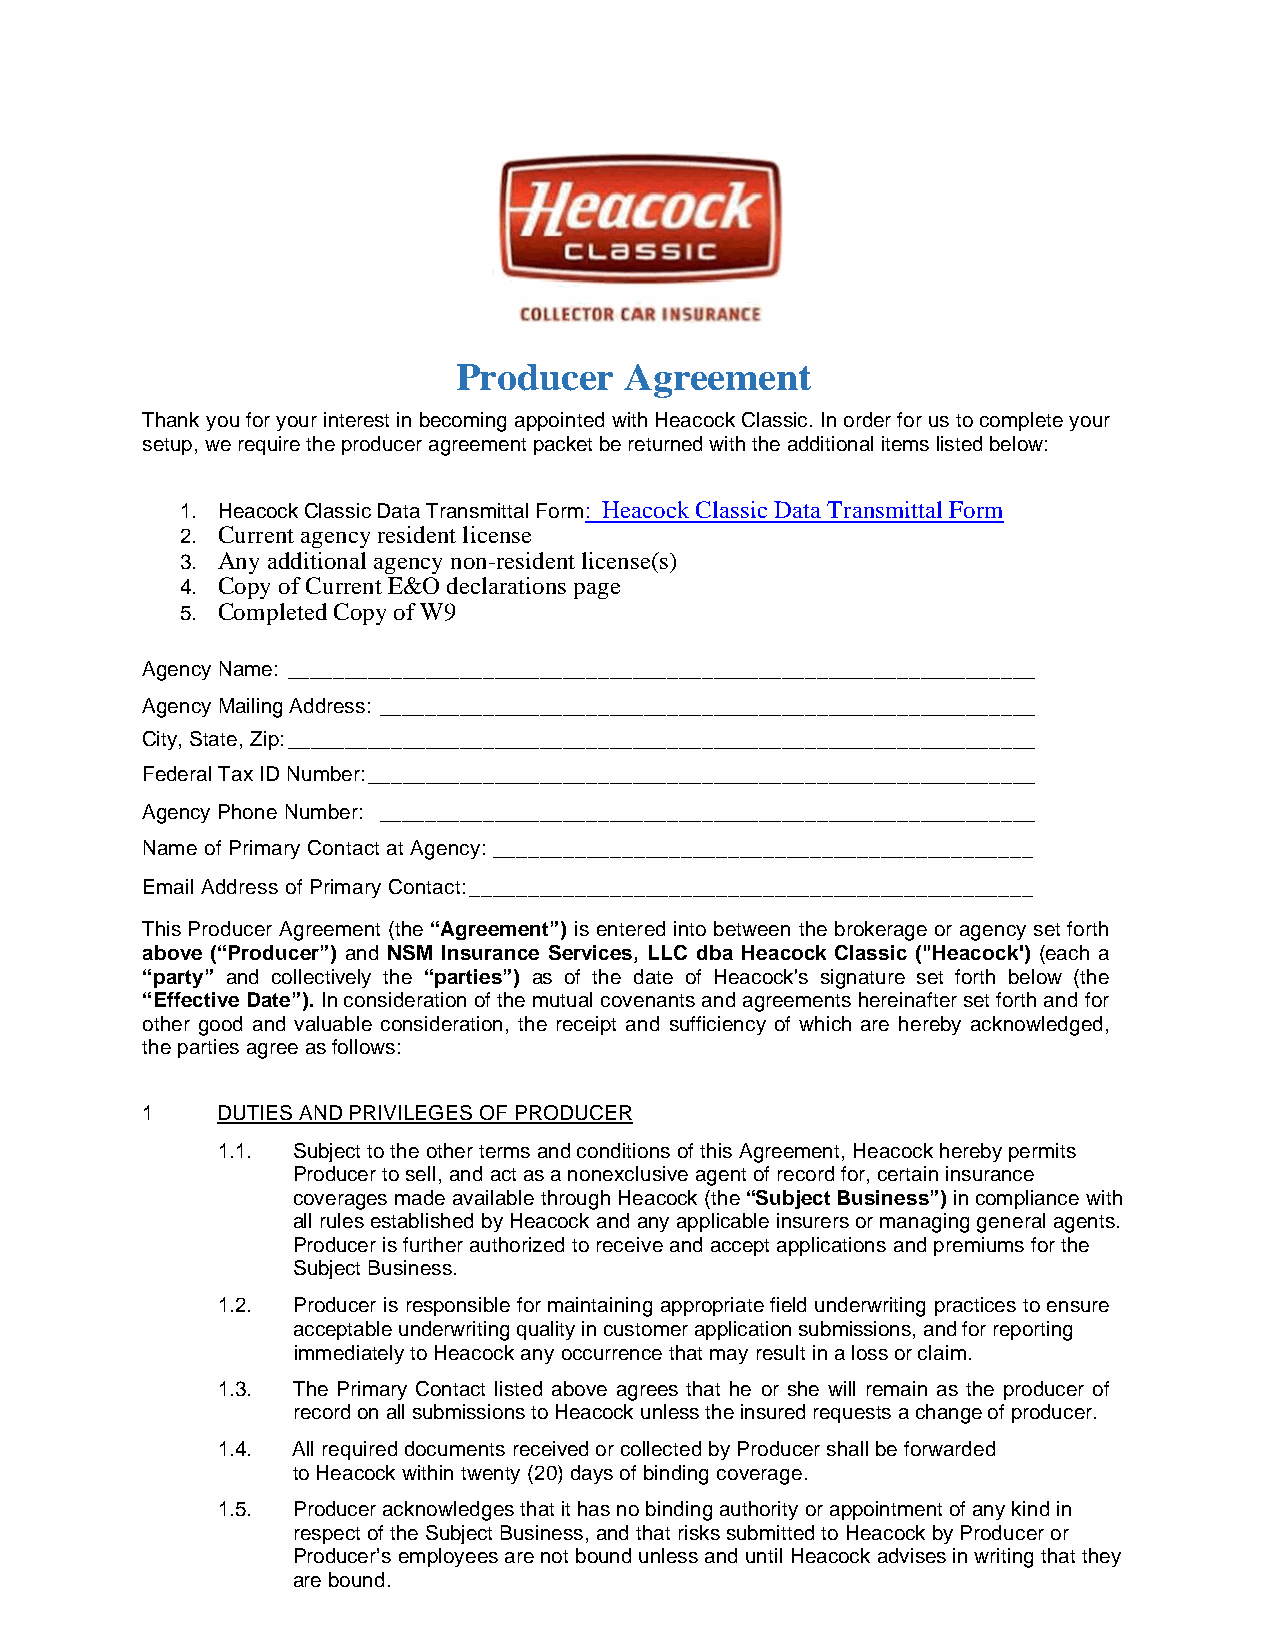
Producer   Agreement
 Thank you for your interest in becoming appointed with Heacock Classic. In order for us to complete your
 setup, we require the producer agreement packet be returned with the additional items listed below:
 1. Heacock Classic Data Transmittal Form: Heacock Classic Data Transmittal Form
 2. Current agency resident license
 3. Any additional agency non-resident license(s)
 4. Copy of Current E&O declarations page
 5. Completed Copy of W9
 Agency Name: _________________________________________________________________
 Agency Mailing Address: _________________________________________________________
 City, State, Zip: _________________________________________________________________
 Federal Tax ID Number: __________________________________________________________
 Agency Phone Number: _________________________________________________________
 Name of Primary Contact at Agency: ______________________________________________
 Email Address of Primary Contact: ________________________________________________
 This Producer Agreement (the “Agreement”) is entered into between the brokerage or agency set forth
 above (“Producer”) and NSM Insurance Services, LLC dba Heacock Classic ("Heacock') (each a
 “party” and collectively the “parties”) as of the date of Heacock's signature set forth below (the
 “Effective Date”). In consideration of the mutual covenants and agreements hereinafter set forth and for
 other good and valuable consideration, the receipt and sufficiency of which are hereby acknowledged,
 the parties agree as follows:
 1    DUTIES AND PRIVILEGES OF PRODUCER
 1.1. Subject to the other terms and conditions of this Agreement, Heacock hereby permits
 Producer to sell, and act as a nonexclusive agent of record for, certain insurance
 coverages made available through Heacock (the “Subject Business”) in compliance with
 all rules established by Heacock and any applicable insurers or managing general agents.
 Producer is further authorized to receive and accept applications and premiums for the
 Subject Business.
 1.2. Producer is responsible for maintaining appropriate field underwriting practices to ensure
 acceptable underwriting quality in customer application submissions, and for reporting
 immediately to Heacock any occurrence that may result in a loss or claim.
 1.3. The Primary Contact listed above agrees that he or she will remain as the producer of
 record on all submissions to Heacock unless the insured requests a change of producer.
 1.4. All required documents received or collected by Producer shall be forwarded
 to Heacock within twenty (20) days of binding coverage.
 1.5. Producer acknowledges that it has no binding authority or appointment of any kind in
 respect of the Subject Business, and that risks submitted to Heacock by Producer or
 Producer’s employees are not bound unless and until Heacock advises in writing that they
 are bound.